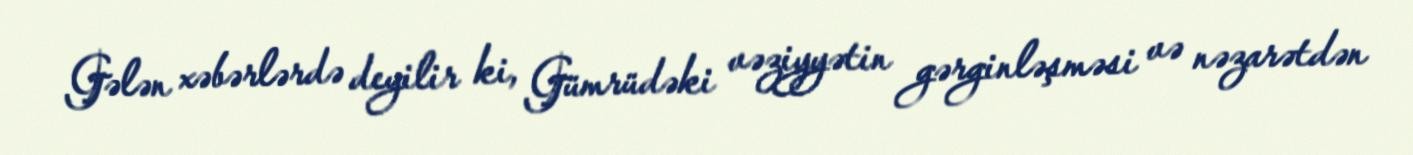
Gələn xəbərlərdə deyilir ki, Gümrüdəki vəziyyətin gərginləşməsi və nəzarətdən